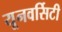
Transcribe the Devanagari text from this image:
यूनवर्सिटी